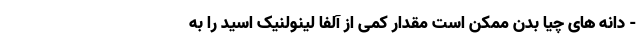
- دانه های چیا بدن ممکن است مقدار کمی از آلفا لینولنیک اسید را به